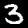
Digit: 3